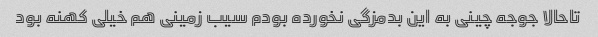
تاحالا جوجه چینی به این بدمزگی نخورده بودم سیب زمینی هم خیلی کهنه بود